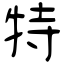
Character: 特